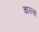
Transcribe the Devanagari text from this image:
चारल्स